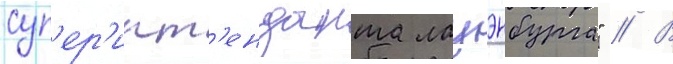
суп'ер'инт'енданта лауэнбурга" // В